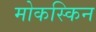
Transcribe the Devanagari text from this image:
मोकस्किन